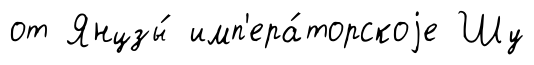
от Янцзы́ имп'ера́торскоjе Шу